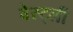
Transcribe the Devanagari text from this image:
वेस्ट्ली